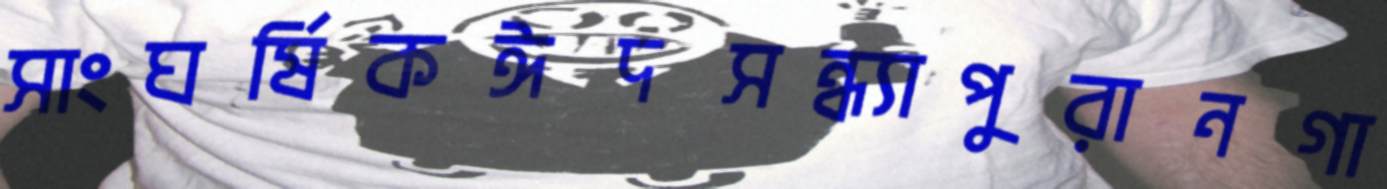
সাংঘর্ষিকঈদসন্ধ্যাপুরানগা